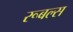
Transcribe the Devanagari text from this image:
रूबल्स